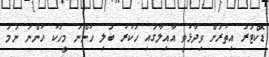
ޑޮކްޓަރު އިތުރަށް ވިދާޅުވީ އާއިލާގައި ހަކުރު ބަލި ހުންނަ މީހަކު ހުންނަ ނަމަ